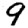
Digit: 9